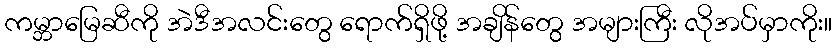
ကမ္ဘာမြေဆီကို အဲဒီအလင်းတွေ ရောက်ရှိဖို့ အချိန်တွေ အများကြီး လိုအပ်မှာကိုး။